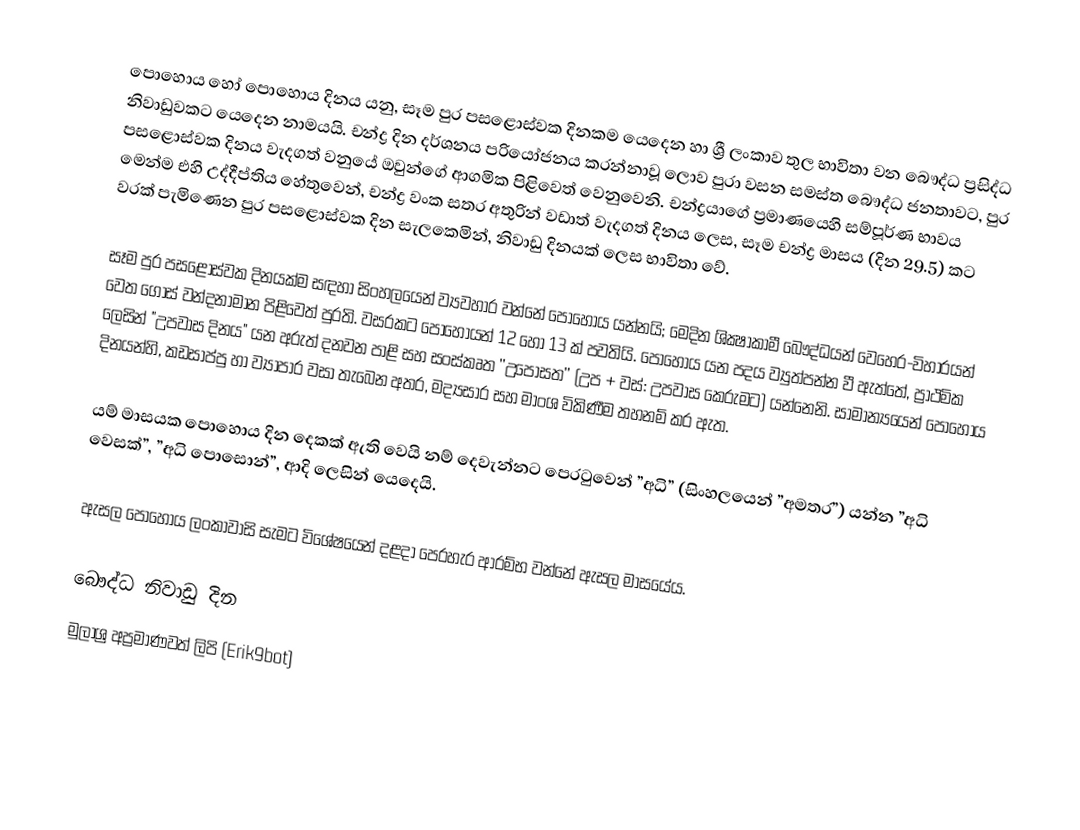
පොහොය හෝ පොහොය දිනය යනු, සෑම පුර පසළොස්වක දිනකම යෙදෙන හා ශ්‍රී ලංකාව තුල භාවිතා වන බෞද්ධ ප්‍රසිද්ධ නිවාඩුවකට යෙදෙන නාමයයි. චන්ද්‍ර දින දර්ශනය පරියෝජනය කරන්නාවූ ලොව පුරා වසන සමස්ත බෞද්ධ ජනතාවට, පුර පසළොස්වක  දිනය වැදගත් වනුයේ ඔවුන්ගේ ආගමික පිළිවෙත් වෙනුවෙනි. චන්ද්‍රයාගේ ප්‍රමාණයෙහි සම්පූර්ණ භාවය මෙන්ම එහි උද්දීප්තිය හේතුවෙන්, චන්ද්‍ර වංක සතර අතුරින් වඩාත් වැදගත් දිනය ලෙස, සෑම චන්ද්‍ර මාසය (දින 29.5) කට වරක් පැමිණෙන පුර පසළොස්වක දින  සැලකෙමින්,  නිවාඩු දිනයක් ලෙස භාවිතා වේ.

සෑම පුර පසළොස්වක දිනයක්ම සඳහා  සිංහලයෙන් ව්‍යවහාර වන්නේ පොහොය යන්නයි; මෙදින ශික්‍ෂාකාමී බෞද්ධයන් වෙහෙර-විහාරයන් වෙත ගොස් වන්දනාමාන පිළිවෙත් පුරති. වසරකට  පොහොයන් 12 හෝ 13  ක් පවතියි. පොහොය යන පදය ව්‍යුත්පන්න වී ඇත්තේ, ප්‍රාථමික ලෙසින් "උපවාස දිනය" යන අරුත් දනවන පාළි සහ සංස්කෘත ’’උපෝසත’’ (උප + වස්: උපවාස කෙරුමට) යන්නෙනි. සාමාන්‍යයෙන් පොහොය දිනයන්හි, කඩසාප්පු හා ව්‍යාපාර වසා තැබෙන අතර, මද්‍යසාර සහ මාංශ විකිණීම තහනම් කර ඇත.

යම් මාසයක  පොහොය දින දෙකක් ඇති වෙයි නම් දෙවැන්නට පෙරටුවෙන් ”අධි” (සිංහලයෙන් ”අමතර”) යන්න ”අධි වෙසක්”, ”අධි පොසොන්”, ආදි ලෙසින් යෙදෙයි.

ඇසල පොහොය ලංකාවාසි සැමට විශේෂයෙන් දළදා පෙරහැර ආරම්භ වන්නේ ඇසල මාසයේය.

බෞද්ධ නිවාඩු දින
මුලාශ්‍ර අප්‍රමාණවත් ලිපි (Erik9bot)